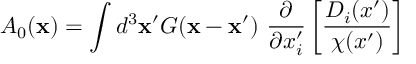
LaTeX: A _ { 0 } ( { \bf x } ) = \int d ^ { 3 } { \bf x } ^ { \prime } G ( { \bf x } - { \bf x } ^ { \prime } ) ~ \frac { \partial } { \partial x _ { i } ^ { \prime } } \left[ \frac { D _ { i } ( x ^ { \prime } ) } { \chi ( x ^ { \prime } ) } \right]